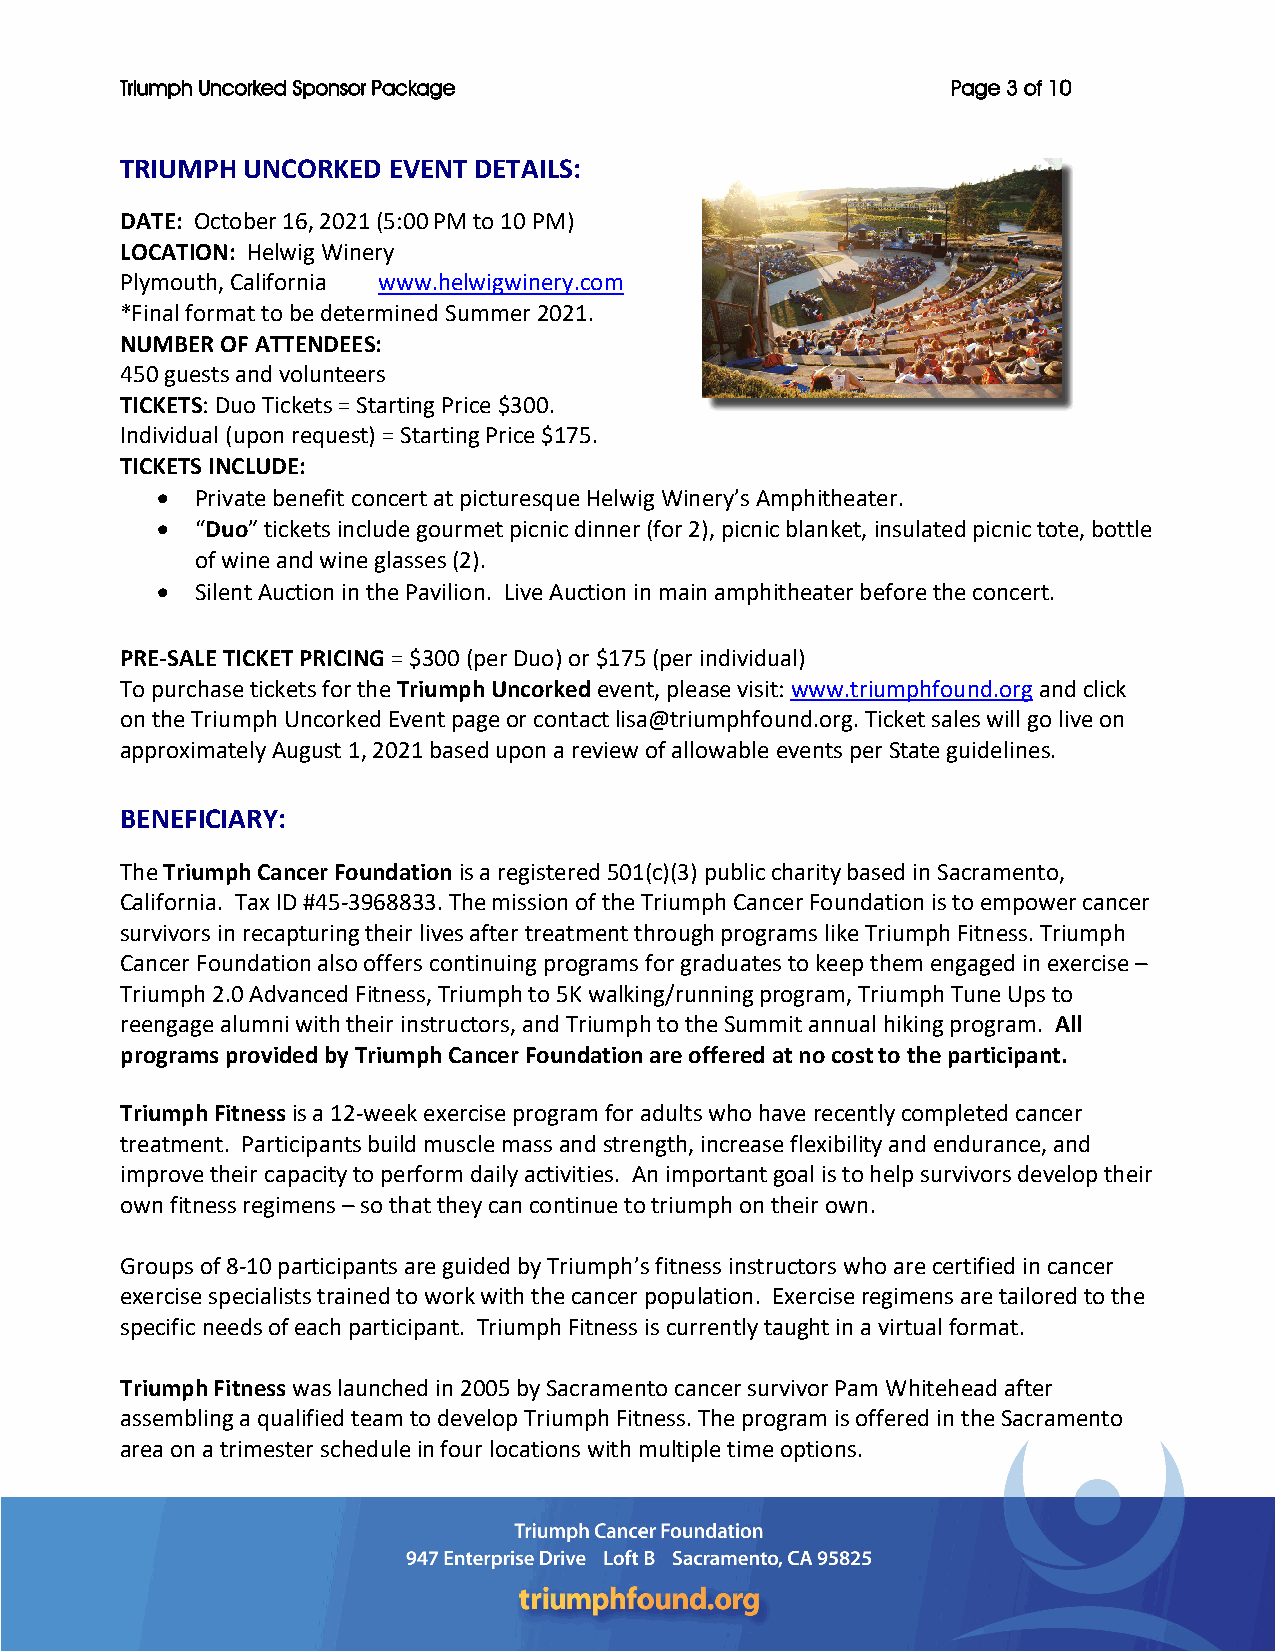
Triumph Uncorked Sponsor Package                       Page 3 of 10
 TRIUMPH UNCORKED  EVENT DETAILS:
 DATE: October 16, 2021 (5:00 PM to 10 PM)
 LOCATION: Helwig Winery
 Plymouth, California www.helwigwinery.com
 *Final format to be determined Summer 2021.
 NUMBER OF ATTENDEES:
 450 guests and volunteers
 TICKETS: Duo Tickets = Starting Price $300.
 Individual (upon request) = Starting Price $175.
 TICKETS INCLUDE:
 •  Private benefit concert at picturesque Helwig Winery’s Amphitheater.
 •  “Duo” tickets include gourmet picnic dinner (for 2), picnic blanket, insulated picnic tote, bottle
 of wine and wine glasses (2).
 •  Silent Auction in the Pavilion. Live Auction in main amphitheater before the concert.
 PRE-SALE TICKET PRICING = $300 (per Duo) or $175 (per individual)
 To purchase tickets for the Triumph Uncorked event, please visit: www.triumphfound.org and click
 on the Triumph Uncorked Event page or contact lisa@triumphfound.org. Ticket sales will go live on
 approximately August 1, 2021 based upon a review of allowable events per State guidelines.
 BENEFICIARY:
 The Triumph Cancer Foundation is a registered 501(c)(3) public charity based in Sacramento,
 California. Tax ID #45-3968833. The mission of the Triumph Cancer Foundation is to empower cancer
 survivors in recapturing their lives after treatment through programs like Triumph Fitness. Triumph
 Cancer Foundation also offers continuing programs for graduates to keep them engaged in exercise –
 Triumph 2.0 Advanced Fitness, Triumph to 5K walking/running program, Triumph Tune Ups to
 reengage alumni with their instructors, and Triumph to the Summit annual hiking program. All
 programs provided by Triumph Cancer Foundation are offered at no cost to the participant.
 Triumph Fitness is a 12-week exercise program for adults who have recently completed cancer
 treatment. Participants build muscle mass and strength, increase flexibility and endurance, and
 improve their capacity to perform daily activities. An important goal is to help survivors develop their
 own fitness regimens – so that they can continue to triumph on their own.
 Groups of 8-10 participants are guided by Triumph’s fitness instructors who are certified in cancer
 exercise specialists trained to work with the cancer population. Exercise regimens are tailored to the
 specific needs of each participant. Triumph Fitness is currently taught in a virtual format.
 Triumph Fitness was launched in 2005 by Sacramento cancer survivor Pam Whitehead after
 assembling a qualified team to develop Triumph Fitness. The program is offered in the Sacramento
 area on a trimester schedule in four locations with multiple time options.